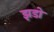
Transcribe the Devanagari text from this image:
झडो